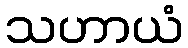
သဟာယံ